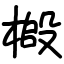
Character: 𫞌